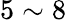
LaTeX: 5\sim 8